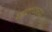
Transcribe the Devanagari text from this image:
जालंधरपा